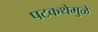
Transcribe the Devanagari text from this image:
पटकथेमुळे